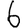
Digit: 6